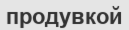
продувкой